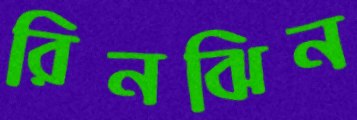
রিনঝিন